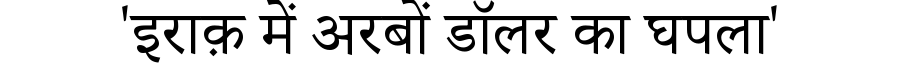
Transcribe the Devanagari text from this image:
'इराक़ में अरबों डॉलर का घपला'